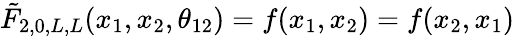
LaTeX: \tilde{F}_{2,0,L,L}(x_{1},x_{2},\theta_{12})=f(x_{1},x_{2})=f(x_{2},x_{1})